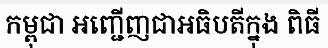
កម្ពុជា អញ្ជើញជាអធិបតីក្នុង ពិធី